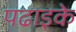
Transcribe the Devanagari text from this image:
पढाइके